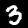
Label: 3